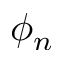
\phi _ { n }